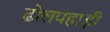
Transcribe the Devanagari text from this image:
ढोलपहाड़ी